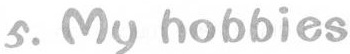
5.My hobbies